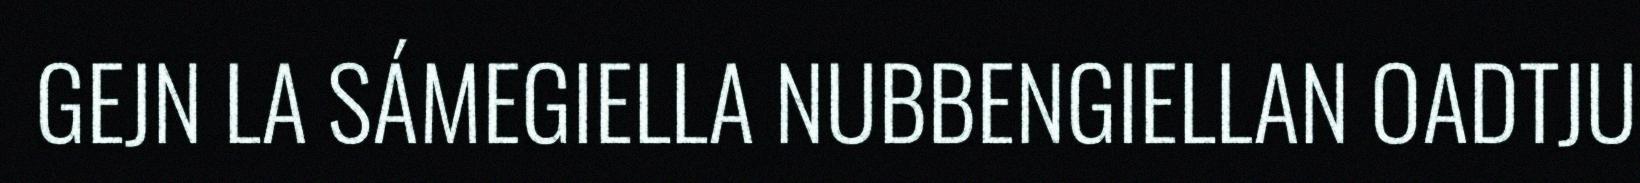
GEJN LA SÁMEGIELLA NUBBENGIELLAN OADTJU